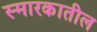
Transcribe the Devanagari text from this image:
स्मारकातील